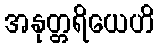
အနုတ္တရိယေဟိ